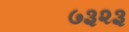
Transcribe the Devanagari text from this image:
७३२३